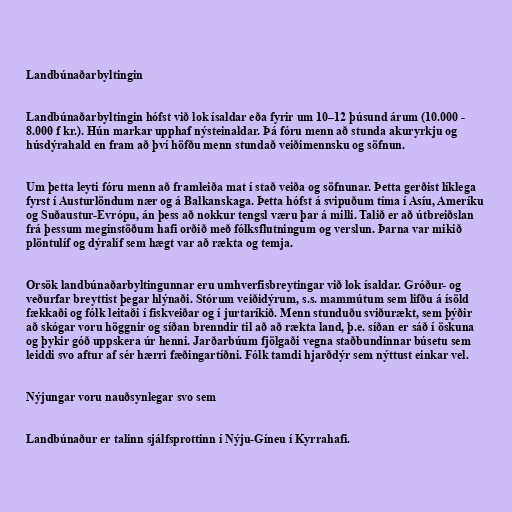
Landbúnaðarbyltingin

Landbúnaðarbyltingin hófst við lok ísaldar eða fyrir um 10–12 þúsund árum (10.000 -
8.000 f kr.). Hún markar upphaf nýsteinaldar. Þá fóru menn að stunda akuryrkju og
húsdýrahald en fram að því höfðu menn stundað veiðimennsku og söfnun.

Um þetta leyti fóru menn að framleiða mat í stað veiða og söfnunar. Þetta gerðist líklega
fyrst í Austurlöndum nær og á Balkanskaga. Þetta hófst á svipuðum tíma í Asíu, Ameríku
og Suðaustur-Evrópu, án þess að nokkur tengsl væru þar á milli. Talið er að útbreiðslan
frá þessum meginstöðum hafi orðið með fólksflutningum og verslun. Þarna var mikið
plöntulíf og dýralíf sem hægt var að rækta og temja.

Orsök landbúnaðarbyltingunnar eru umhverfisbreytingar við lok ísaldar. Gróður- og
veðurfar breyttist þegar hlýnaði. Stórum veiðidýrum, s.s. mammútum sem lifðu á ísöld
fækkaði og fólk leitaði í fiskveiðar og í jurtaríkið. Menn stunduðu sviðurækt, sem þýðir
að skógar voru höggnir og síðan brenndir til að að rækta land, þ.e. síðan er sáð í öskuna
og þykir góð uppskera úr henni. Jarðarbúum fjölgaði vegna staðbundinnar búsetu sem
leiddi svo aftur af sér hærri fæðingartíðni. Fólk tamdi hjarðdýr sem nýttust einkar vel.

Nýjungar voru nauðsynlegar svo sem

Landbúnaður er talinn sjálfsprottinn í Nýju-Gíneu í Kyrrahafi.